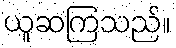
ယူဆကြသည်။